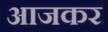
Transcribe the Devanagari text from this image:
आजकर